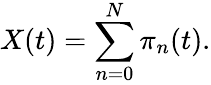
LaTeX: X(t)=\sum_{n=0}^{N}\pi_{n}(t).